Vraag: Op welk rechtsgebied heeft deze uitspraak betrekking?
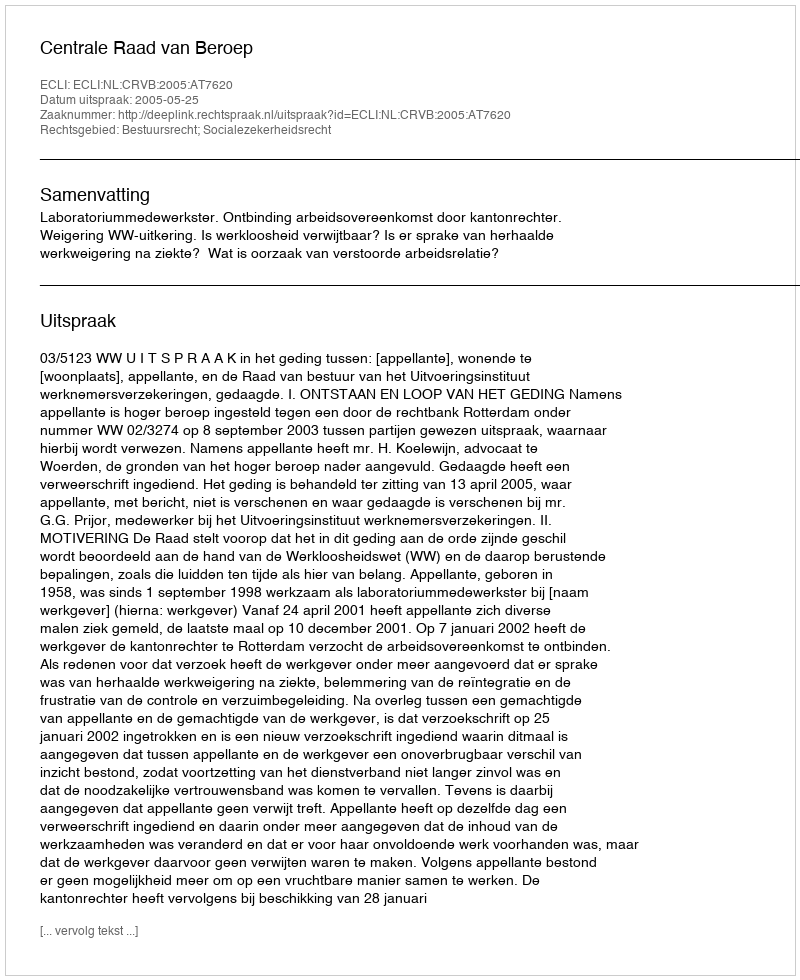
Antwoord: Bestuursrecht; Socialezekerheidsrecht